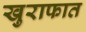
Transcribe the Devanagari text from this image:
खुराफात